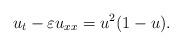
LaTeX: \begin{align*} u_{t}-\varepsilon u_{xx}=u^2(1-u).\end{align*}